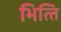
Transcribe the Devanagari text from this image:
भित्‍ति